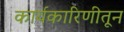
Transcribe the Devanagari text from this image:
कार्यकारिणीतून